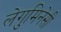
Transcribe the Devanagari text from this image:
लेगुमिनेसी